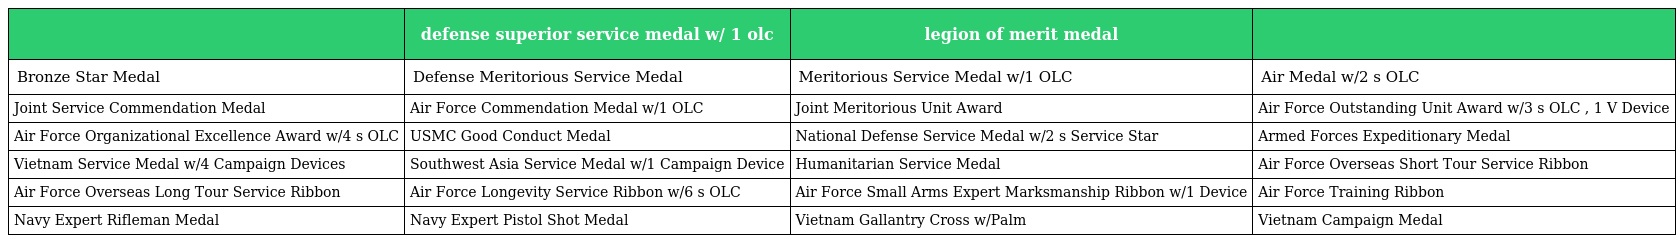
|  | defense superior service medal w/ 1 olc | legion of merit medal |  |
 | --- | --- | --- | --- |
 | Bronze Star Medal | Defense Meritorious Service Medal | Meritorious Service Medal w/1 OLC | Air Medal w/2 s OLC |
 | Joint Service Commendation Medal | Air Force Commendation Medal w/1 OLC | Joint Meritorious Unit Award | Air Force Outstanding Unit Award w/3 s OLC , 1 V Device |
 | Air Force Organizational Excellence Award w/4 s OLC | USMC Good Conduct Medal | National Defense Service Medal w/2 s Service Star | Armed Forces Expeditionary Medal |
 | Vietnam Service Medal w/4 Campaign Devices | Southwest Asia Service Medal w/1 Campaign Device | Humanitarian Service Medal | Air Force Overseas Short Tour Service Ribbon |
 | Air Force Overseas Long Tour Service Ribbon | Air Force Longevity Service Ribbon w/6 s OLC | Air Force Small Arms Expert Marksmanship Ribbon w/1 Device | Air Force Training Ribbon |
 | Navy Expert Rifleman Medal | Navy Expert Pistol Shot Medal | Vietnam Gallantry Cross w/Palm | Vietnam Campaign Medal |